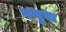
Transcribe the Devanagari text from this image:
बथुवा